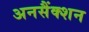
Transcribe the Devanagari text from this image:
अनसैंक्शन